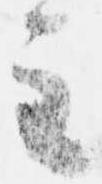
主